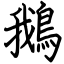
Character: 鵝